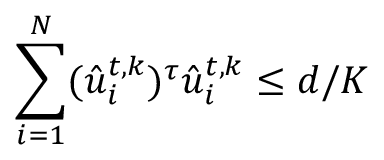
\sum _ { i = 1 } ^ { N } ( \hat { u } _ { i } ^ { t , k } ) ^ { \tau } \hat { u } _ { i } ^ { t , k } \leq d / K